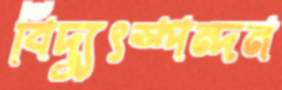
বিদ্যুৎস্পন্দন